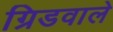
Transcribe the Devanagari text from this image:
ग्रिडवाले